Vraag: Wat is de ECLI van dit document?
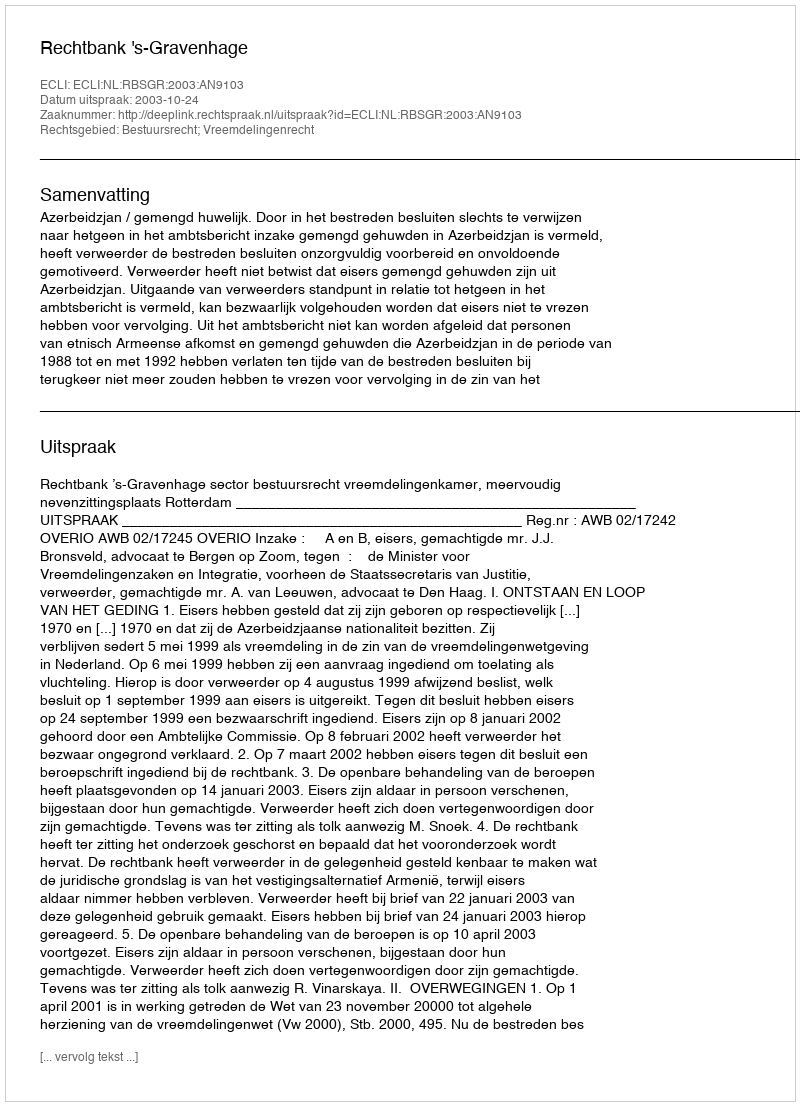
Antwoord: ECLI:NL:RBSGR:2003:AN9103